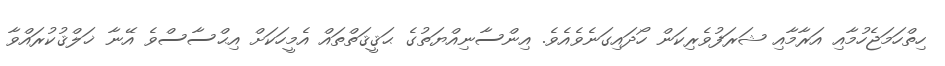
ހިތްހަމަޖެހުމާއި އަރާމާއި ޝަރަފުވެރިކަން ހޯދައިގަނެވެއެވެ. އިންސާނިއްޔަތުގެ ޙަޤީޤަތްތައް އެމީހަކަށް އިޙްސާސްވެ އޭނާ ޚަލްޤުކުރައްވާ